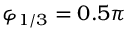
\varphi _ { 1 / 3 } = 0 . 5 \pi